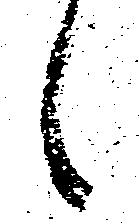
候